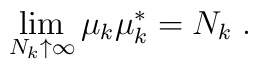
\lim_{N_k \uparrow \infty} \mu_k \mu_k^\ast = N_k \;.